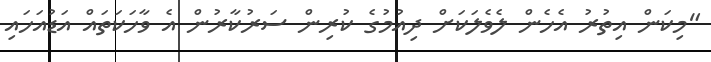
"މިކަން އިތުރު އެހެން ލެވެލަކަށް ދިއުމުގެ ކުރިން ސަރުކާރުން އެ ވާހަކަތައް އަޑުއަހައި